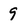
Character: 9